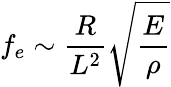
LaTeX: f_{e}\sim\frac{R}{L^{2}}\sqrt\frac{E}{\rho}